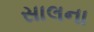
સાલના